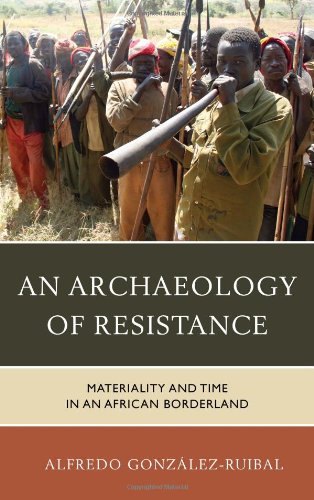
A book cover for An Archaeology of Resistance: Materiality and Time in an African Borderland (Archaeology in Society); Alfredo GonzÃ¡lez-Ruibal; History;